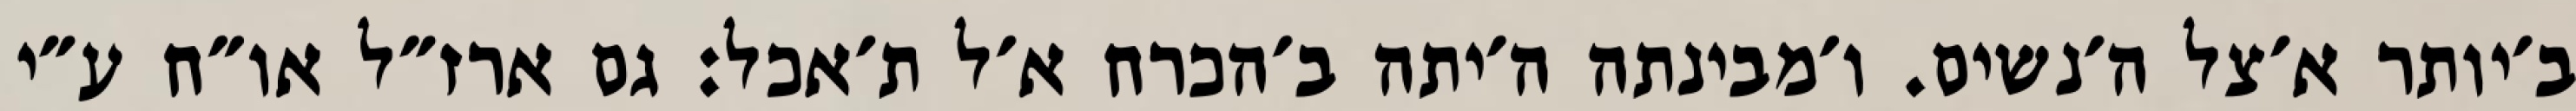
ב׳יותר א׳צל ה׳נשים. ו׳מבינתה ה׳יתה ב׳הכרח א׳ל ת׳אכל: גם ארז״ל או״ח ע״י